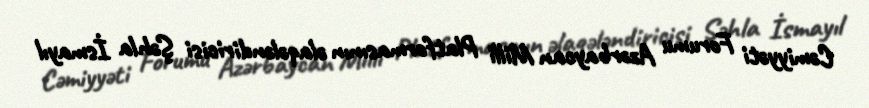
Cəmiyyəti Forumu Azərbaycan Milli Platformasının əlaqələndiricisi Şəhla İsmayıl